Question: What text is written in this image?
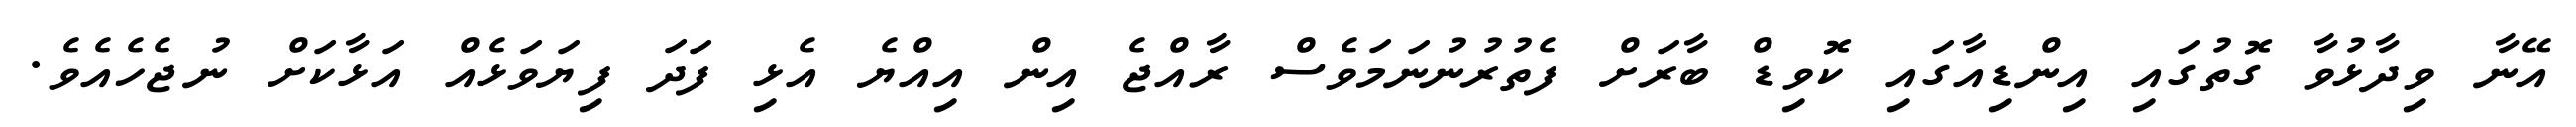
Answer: އޭނާ ވިދާޅުވާ ގޮތުގައި އިންޑިއާގައި ކޮވިޑް ބާރަށް ފެތުރުނުނަމަވެސް ރާއްޖެ އިން އިއްޔެ އެޅި ފަދަ ފިޔަވަޅެއް އަޅާކަށް ނުޖެހެއެވެ.